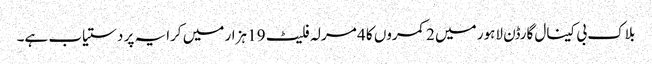
بلاک بی کینال گارڈن لاہور میں 2 کمروں کا 4 مرلہ فلیٹ 19 ہزار میں کرایہ پر دستیاب ہے۔